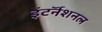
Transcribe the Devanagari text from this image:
इंटर्नॅशनल